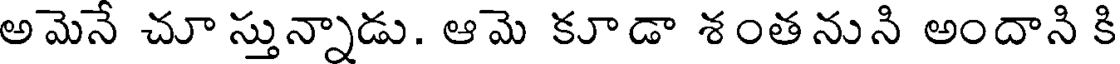
అమెనే చూ స్తున్నాడు. ఆమె కూడా శంతనుని అందాని కి